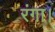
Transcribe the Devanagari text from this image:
रंगा।